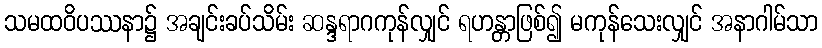
သမထဝိပဿနာ၌ အချင်းခပ်သိမ်း ဆန္ဒရာဂကုန်လျှင် ရဟန္တာဖြစ်၍ မကုန်သေးလျှင် အနာဂါမ်သာ